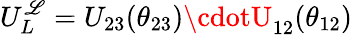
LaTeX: U_{L}^{\mathscr{L}}=U_{23}(\theta_{23})\cdotU_{12}(\theta_{12})